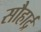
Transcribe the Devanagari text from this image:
सौहार्द्र